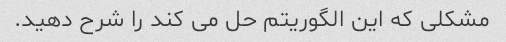
مشکلی که این الگوریتم حل می کند را شرح دهید.